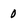
Character: 0